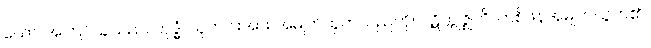
ယော၊ အကြင်သူသည်။ ကုဒ္ဓံ၊ သူတပါးအား အမျက်ထွက်သည်ကို။ ပဋိက္ကုဇ္ဈတိ၊ တစ်ဖန်အမျက်ထွက်၏။